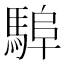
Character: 𩣸